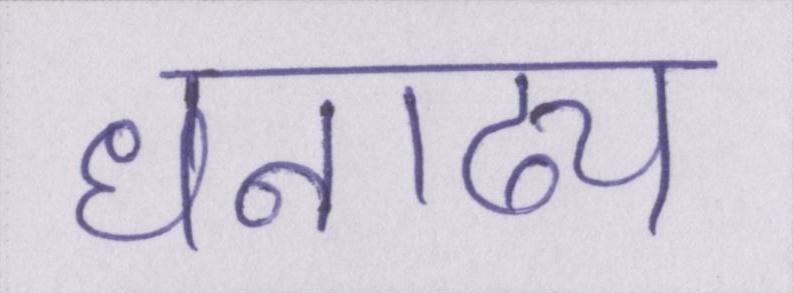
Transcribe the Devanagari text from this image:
धनाढ्य